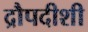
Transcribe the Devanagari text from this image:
द्रौपदीशी